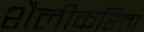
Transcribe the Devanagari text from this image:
शैलीकरिता